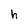
Character: h